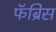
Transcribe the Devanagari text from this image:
फॅब्रिस